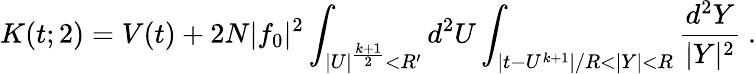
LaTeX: K(t;2)=V(t)+2N|f_{0}|^{2}\int_{|U|^{\frac{k+1}{2}}<R^{\prime}}d^{2}U\int_{|t-U^{k+1}|/R<|Y|<R}{\frac{d^{2}Y}{|Y|^{2}}}~.